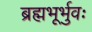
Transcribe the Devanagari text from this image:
ब्रह्मभूर्भुवः